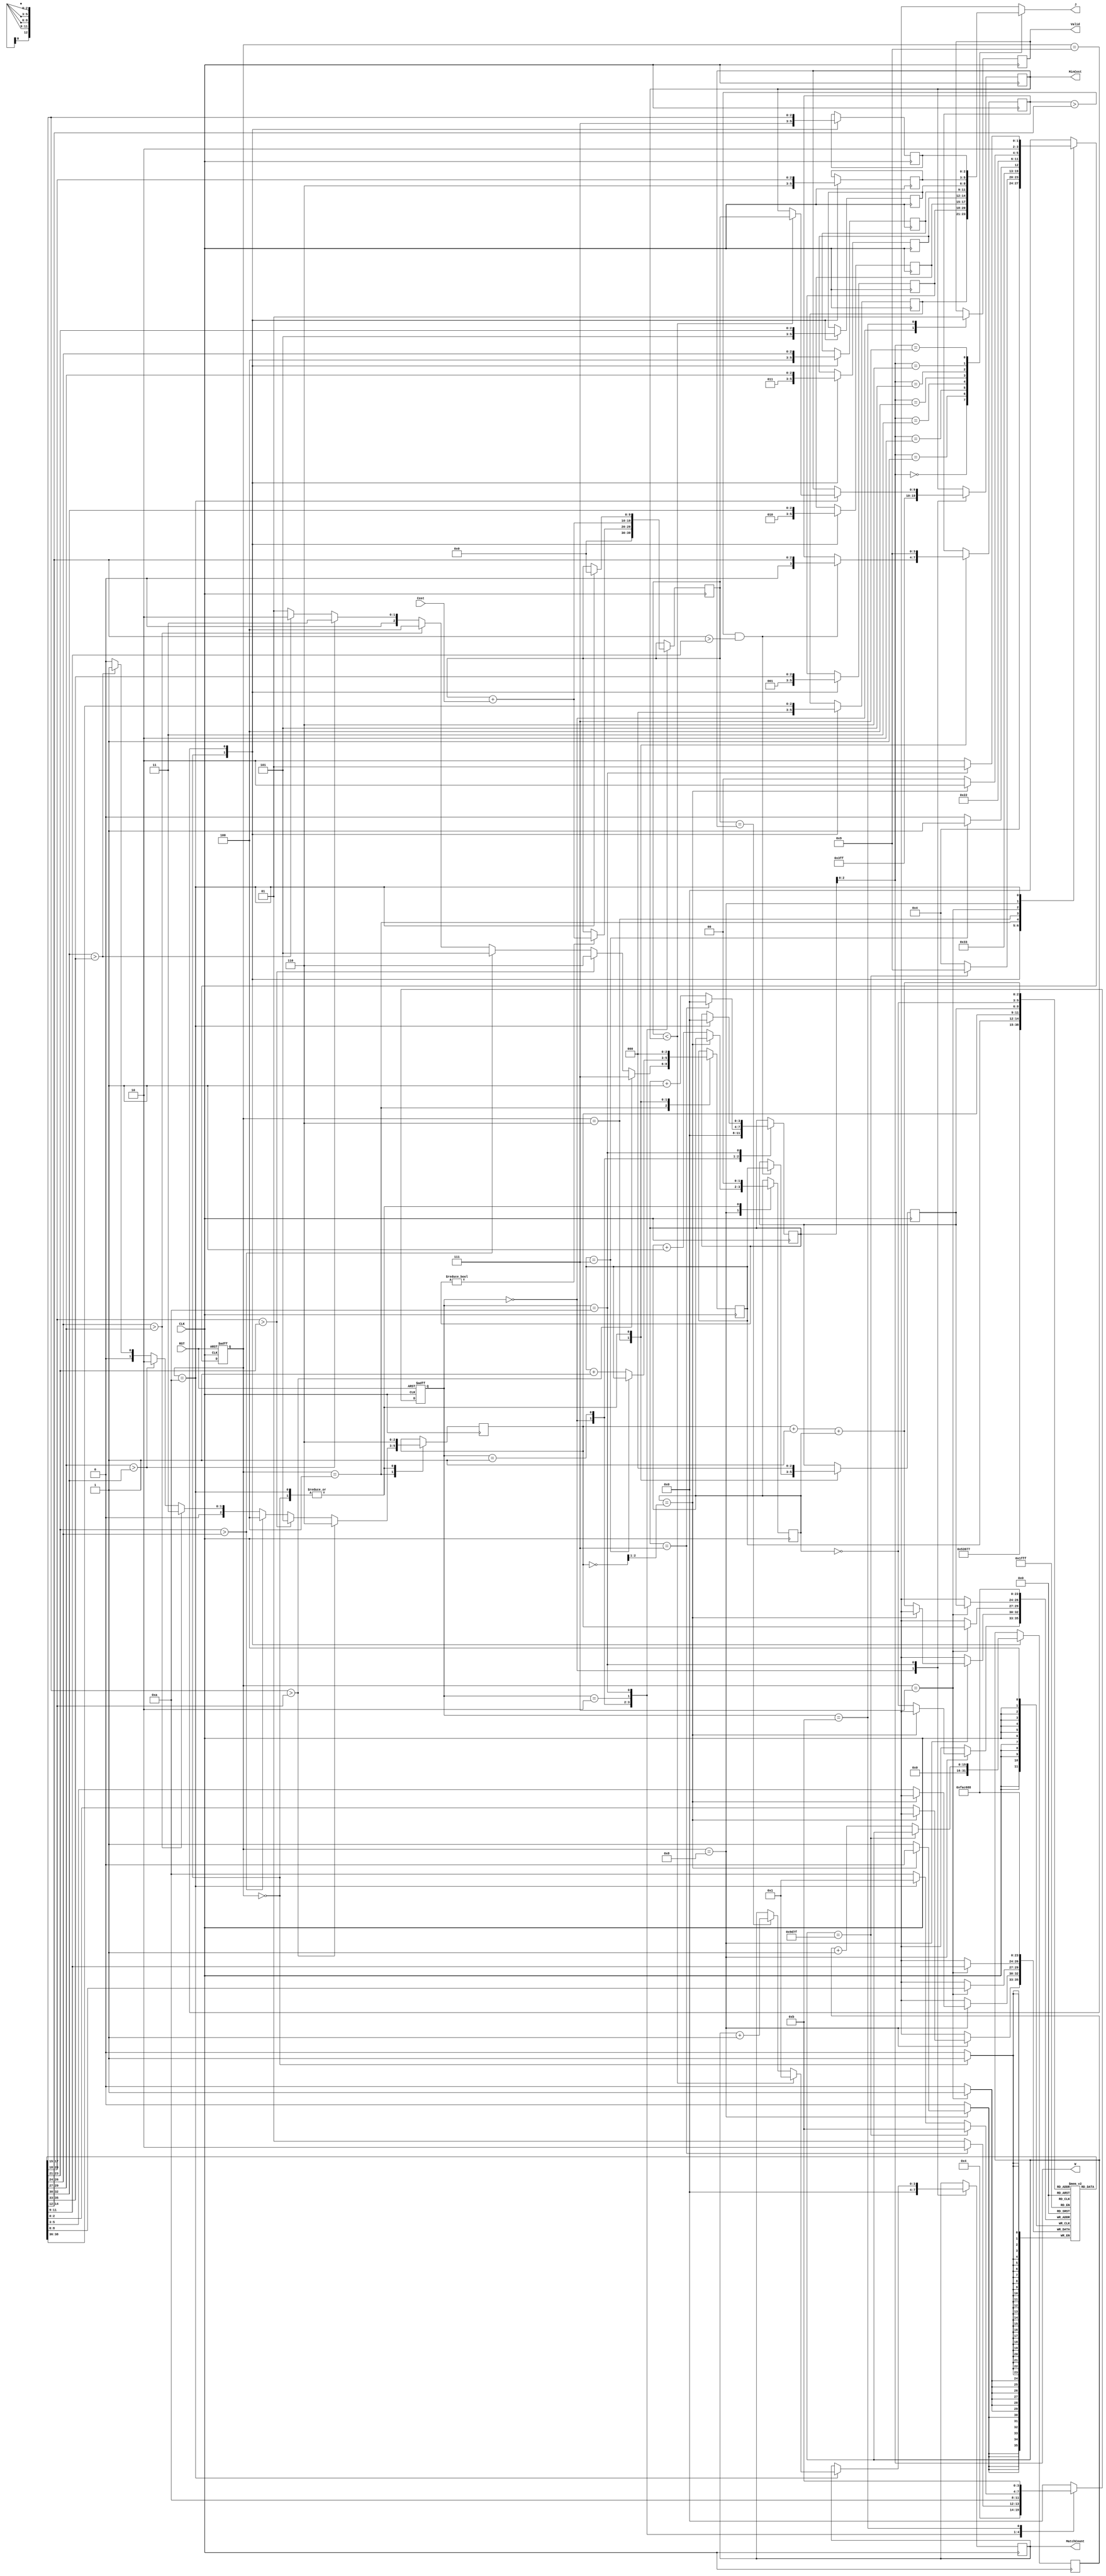
module JAM (
input CLK,
input RST,
output [2:0] W,
output [2:0] J,
input [6:0] Cost,
output reg [3:0] MatchCount,
output reg [9:0] MinCost,
output reg Valid );

localparam [3:0]IDLE        = 4'd0,
                FOR_I       = 4'd1,
                CAL_COST    = 4'd2,
                CAL_MIN     = 4'd3,
                CHP1        = 4'd4,
                LCG1        = 4'd5,
                LCG2        = 4'd6,
                LCG3        = 4'd7,
                CHMT        = 4'd8,
                FRAL        = 4'd9,
                OVER        = 4'd10,
                DONE        = 4'd11;


//CalCost variable definition str----------------------------
reg [3:0]CalCost_curr_state;
reg [3:0]CalCost_next_state;

reg [9:0]total_cost;
reg [3:0]i;
//CalCost variable definition end----------------------------

//LX_Sort variable definition str----------------------------
reg [3:0]LX_Sort_curr_state;
reg [3:0]LX_Sort_next_state;

reg [15:0]cnt_40320;

reg [2:0]arrange_1[7:0];
reg [2:0]arrange_2[7:0];

reg [2:0]p;
wire [2:0]p_plus_1;

reg [2:0]LCG_cnt;
reg [3:0]min;
reg [2:0]min_pos;
wire [1:0]change_time;

reg [1:0]CHMT_cnt;
wire [2:0]CHMT_a;
wire [2:0]CHMT_b;
//LX_Sort variable definition end----------------------------

//ALU sharing str----------------------------------
assign p_plus_1 = p + 1;
assign CHMT_a = p_plus_1 + CHMT_cnt;
assign CHMT_b = ~CHMT_cnt;

assign change_time = ~p >> 1;

assign  W   =  i;
assign  J   =  arrange_1[i];
//ALU sharing end----------------------------------

//CalCost state control str----------------------------------
always @(posedge CLK or posedge RST) begin
    if(RST)CalCost_curr_state <= IDLE;
    else CalCost_curr_state <= CalCost_next_state;
end

always @(*) begin
    case(CalCost_curr_state)
        IDLE:begin
            CalCost_next_state = FOR_I;
        end
        // FRAL:begin
        //     if(cnt_40320 == 16'd40319) CalCost_next_state = DONE;
        //     else CalCost_next_state = FOR_I;
        // end
        FOR_I:begin
            if (i == 7) CalCost_next_state = CAL_COST;
            else CalCost_next_state = FOR_I;
        end
        CAL_COST:begin
            CalCost_next_state = OVER;
        end
        OVER:begin
            if(cnt_40320 == 16'd40319) CalCost_next_state = DONE;
            else if (LX_Sort_curr_state == OVER) CalCost_next_state = FOR_I;
            else CalCost_next_state = OVER;
        end
        DONE:begin
            CalCost_next_state = DONE;
        end
        default: CalCost_next_state = IDLE;
    endcase
end
//CalCost state control end----------------------------------

//CalCost RTL operation str----------------------------------
always @(posedge CLK) begin
    case(CalCost_curr_state)
        IDLE:begin
            MinCost      <= 10'd1023;
            MatchCount   <= 4'd0;
            total_cost   <= 10'd0;
            i            <= 4'd0;
            Valid <= 1'b0;
        end
        FOR_I:begin
            if(i != 0)total_cost <= total_cost + {3'd0, Cost};

            if (i == 7) i <= 4'd0;
            else i <= i + 4'd1;
        end
        CAL_COST:begin
            total_cost <= total_cost + {3'd0, Cost};
        end
        OVER:begin
            if (LX_Sort_curr_state == OVER)begin
                total_cost   <= 10'd0;
                i            <= 4'd0;
                if (total_cost < MinCost) begin
                    MatchCount <= 4'd1;
                    MinCost    <= total_cost;
                end
                else if (total_cost == MinCost)begin
                    MatchCount <= MatchCount + 4'd1;
                end
            end
        end
        DONE:begin
            Valid <= 1'b1;
        end
    endcase
end
//CalCost RTL operation end----------------------------------

//LX_Sort state control str----------------------------------
always @(posedge CLK or posedge RST) begin
    if(RST)LX_Sort_curr_state <= IDLE;
    else LX_Sort_curr_state <= LX_Sort_next_state;
end

always @(*) begin
    case(LX_Sort_curr_state)
        IDLE:begin
            LX_Sort_next_state = CHP1;
        end
        FRAL:begin
            if(cnt_40320 == 16'd40319) LX_Sort_next_state = FRAL;
            else LX_Sort_next_state = CHP1;
        end
        CHP1:begin
            LX_Sort_next_state = LCG2;
        end
        LCG2:begin
            if(LCG_cnt == 3'd7) LX_Sort_next_state = LCG3;
            else LX_Sort_next_state = LCG2;
        end
        LCG3:begin
            LX_Sort_next_state = CHMT;
        end
        CHMT:begin
            if(CHMT_cnt == change_time) LX_Sort_next_state = OVER;
            else LX_Sort_next_state = CHMT;
        end
        OVER:begin
            if(CalCost_curr_state == OVER) LX_Sort_next_state = FRAL;
            else LX_Sort_next_state = OVER;
        end
        default: LX_Sort_next_state = IDLE;
    endcase
end
//LX_Sort state control end----------------------------------

//LX_Sort RTL operation str----------------------------------
always @(posedge CLK) begin
    case(LX_Sort_curr_state)
        IDLE:begin
            arrange_1[0] <= 0;
            arrange_1[1] <= 1;
            arrange_1[2] <= 2;
            arrange_1[3] <= 3;
            arrange_1[4] <= 4;
            arrange_1[5] <= 5;
            arrange_1[6] <= 6;
            arrange_1[7] <= 7;
            arrange_2[0] <= 0;
            arrange_2[1] <= 1;
            arrange_2[2] <= 2;
            arrange_2[3] <= 3;
            arrange_2[4] <= 4;
            arrange_2[5] <= 5;
            arrange_2[6] <= 6;
            arrange_2[7] <= 7;
            p <= 3'd6;
            min <= 4'd9;
            min_pos <= 3'd0;
            LCG_cnt <= 3'd0;
            CHMT_cnt <= 3'd0;

            cnt_40320 <= 16'd0;
        end
        FRAL:begin
            arrange_1[0] <= arrange_2[0];
            arrange_1[1] <= arrange_2[1];
            arrange_1[2] <= arrange_2[2];
            arrange_1[3] <= arrange_2[3];
            arrange_1[4] <= arrange_2[4];
            arrange_1[5] <= arrange_2[5];
            arrange_1[6] <= arrange_2[6];
            arrange_1[7] <= arrange_2[7];

            if(cnt_40320 == 16'd40319);
            else cnt_40320 <= cnt_40320 + 1'b1;
        end
        CHP1:begin
            if(arrange_2[7] > arrange_2[6]) begin
                LCG_cnt <= 3'd7;
                p <= 3'd6;
            end
            else if (arrange_2[6] > arrange_2[5])begin 
                LCG_cnt <= 3'd6;
                p <= 3'd5;
            end
            else if (arrange_2[5] > arrange_2[4])begin 
                LCG_cnt <= 3'd5;
                p <= 3'd4;
            end
            else if (arrange_2[4] > arrange_2[3])begin 
                LCG_cnt <= 3'd4;
                p <= 3'd3;
            end
            else if (arrange_2[3] > arrange_2[2])begin 
                LCG_cnt <= 3'd3;
                p <= 3'd2;
            end
            else if (arrange_2[2] > arrange_2[1])begin 
                LCG_cnt <= 3'd2;
                p <= 3'd1;
            end
            else begin
                LCG_cnt <= 3'd1;
                p <= 3'd0;
            end
        end
        LCG2:begin
            if(min > arrange_2[LCG_cnt] && arrange_2[LCG_cnt] > arrange_2[p])begin
                min <= arrange_2[LCG_cnt];
                min_pos <= LCG_cnt;
            end
            if(LCG_cnt == 3'd7);
            else LCG_cnt <= LCG_cnt + 1'b1;
        end
        LCG3:begin
            arrange_2[min_pos] <= arrange_2[p];
            arrange_2[p] <= arrange_2[min_pos];
        end
        CHMT:begin
            if(CHMT_cnt == change_time);
            else begin
                arrange_2[CHMT_a] <= arrange_2[CHMT_b];
                arrange_2[CHMT_b] <= arrange_2[CHMT_a];
                CHMT_cnt <= CHMT_cnt + 1'b1;
            end
        end
        OVER:begin
            p       <= 3'd6;
            min     <= 4'd9;
            min_pos <= 3'd0;
            LCG_cnt <= 3'd0;
            CHMT_cnt<= 3'd0;
        end
    endcase
end
//LX_Sort RTL operation end----------------------------------

endmodule